Source: Handwritten
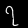
Digit: ၇ (7)